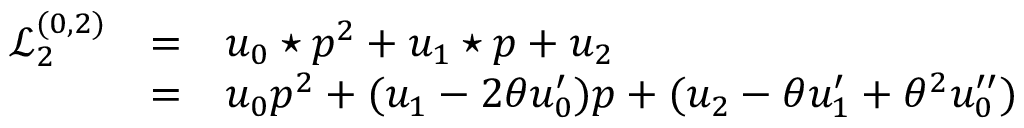
\begin{array} { l c l } { { { \mathcal L } _ { 2 } ^ { ( 0 , 2 ) } } } & { { = } } & { { { u _ { 0 } \star p } ^ { 2 } + u _ { 1 } \star p + u _ { 2 } } } \\ { { } } & { { = } } & { { u _ { 0 } { p } ^ { 2 } + ( u _ { 1 } - 2 \theta u _ { 0 } ^ { \prime } ) p + ( u _ { 2 } - \theta u _ { 1 } ^ { \prime } + \theta ^ { 2 } u _ { 0 } ^ { \prime \prime } ) } } \end{array}